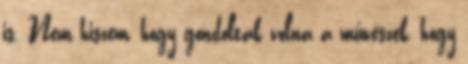
is. Nem hiszem, hogy gondolták volna a művészek, hogy